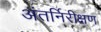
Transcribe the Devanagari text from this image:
अंतर्निरीक्षण